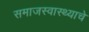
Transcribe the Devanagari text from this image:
समाजस्वास्थ्याचे